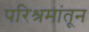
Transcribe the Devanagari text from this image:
परिश्रमांतून